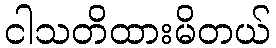
ငါသတိထားမိတယ်